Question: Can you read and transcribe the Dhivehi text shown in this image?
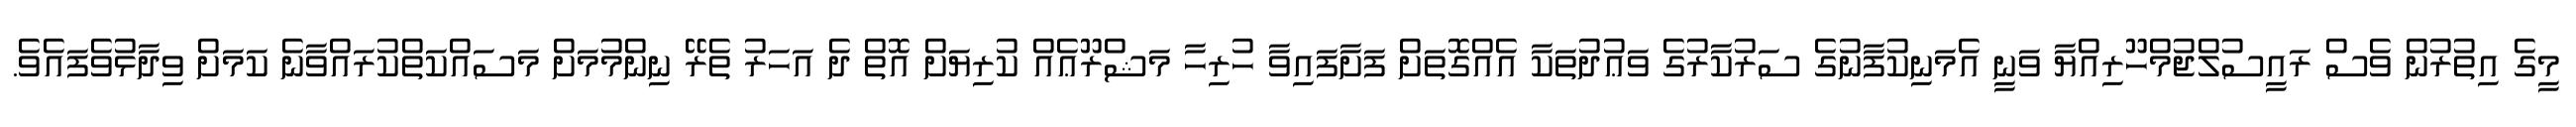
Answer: މީގެ އިތުރުން ވެސް ރައީސުލްޖުމްހޫރިއްޔާ ވަނީ އެމަނިކުފާނުގެ ސަރުކާރުގެ ވަޢުދުތަކާ އެއްގޮތަށް ފަށާފައިވާ ހުރިހާ މަޝްރޫޢެއް ކުރިޔަށް އޮތް ދެ އަހަރު ތެރޭ ނިންމުމަށް މަސައްކަތްކުރައްވާނެ ކަމަށް ވިދާޅުވެފައެވެ.